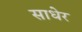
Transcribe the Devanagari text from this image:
साधेर